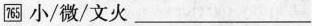
\boxed{765} 小/微/文火 ___